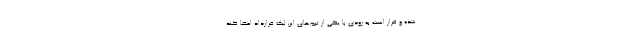
شده و قرار است به زودی با یکی از تیم‌های این لیگ قرارداد امضا کند.